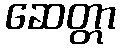
ဆေတ္တာ